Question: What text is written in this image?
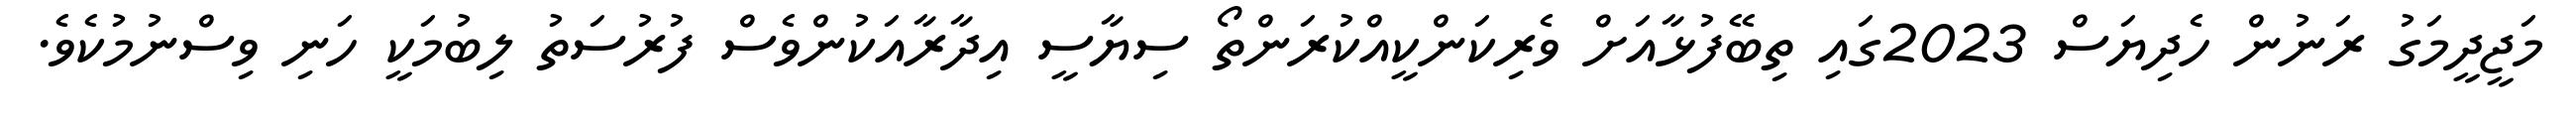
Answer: މަޖީދީމަގު ރަނުން ހެދިޔަސް 2023ގައި ތިބޭފުޅާއަށް ވެރިކަންކީއްކުރަންތޯ ސިޔާސީ އިދާރާއަކުންވެސް ފުރުސަތު ލިބުމަކީ ހަނި ވިސްނުމުކެވެ.